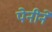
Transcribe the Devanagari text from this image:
पेनीने